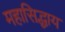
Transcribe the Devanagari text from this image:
महासिद्धाय